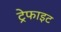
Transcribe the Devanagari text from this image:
ट्रेफाइट